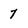
Character: 7